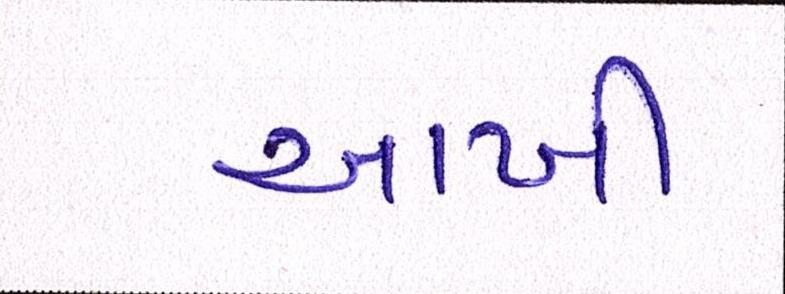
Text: આખી